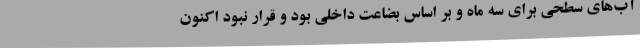
آب‌های سطحی برای سه ماه و بر اساس بضاعت داخلی بود و قرار نبود اکنون